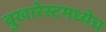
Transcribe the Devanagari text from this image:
बुखारेस्टमध्येच